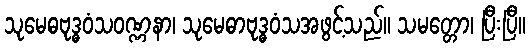
သုမေဓဗုဒ္ဓဝံသဝဏ္ဏနာ၊ သုမေဓာဗုဒ္ဓဝံသအဖွင့်သည်။ သမတ္တော၊ ပြီးပြီ။